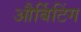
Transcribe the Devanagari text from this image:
और्बिटिंग